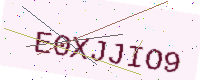
Text: E0XJJIO9